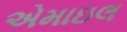
એમાઇલ